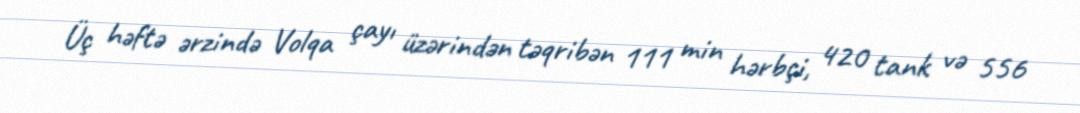
Üç həftə ərzində Volqa çayı üzərindən təqribən 111 min hərbçi, 420 tank və 556